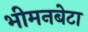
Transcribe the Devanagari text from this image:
भीमनबेटा